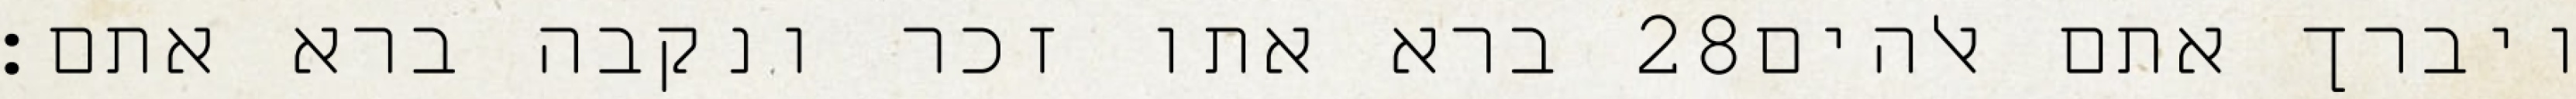
ברא אתו זכר ונקבה ברא אתם׃ ‎28‏ ויברך אתם אלהים